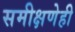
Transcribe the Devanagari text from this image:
समीक्षणेही